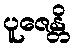
ပူဇေန္တိ